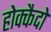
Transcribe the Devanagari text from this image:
होक्कैदो